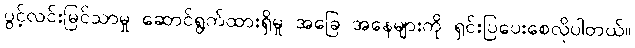
ပွင့်လင်းမြင်သာမှု ဆောင်ရွက်ထားရှိမှု အခြေ အနေများကို ရှင်းပြပေးစေလိုပါတယ်။